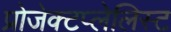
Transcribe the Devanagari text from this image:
प्रोजेक्टप्लेलिस्ट